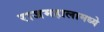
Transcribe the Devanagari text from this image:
राजमहालामध्ये